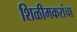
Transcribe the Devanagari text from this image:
शिळीमकरांचा